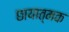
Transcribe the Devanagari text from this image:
छायात्मक